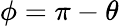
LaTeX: \phi=\pi-\theta